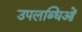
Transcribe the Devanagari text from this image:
उपलब्धिओं